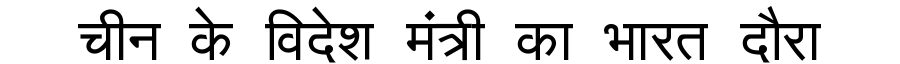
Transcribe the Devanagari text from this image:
चीन के विदेश मंत्री का भारत दौरा